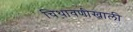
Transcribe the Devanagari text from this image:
चिथावणीखाली